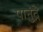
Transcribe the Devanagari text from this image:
पानुंद्रे